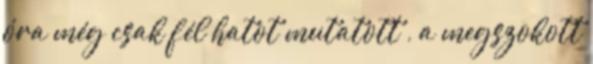
óra még csak fél hatot mutatott , a megszokott